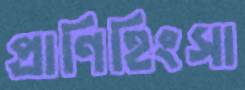
প্রাণিহিংসা